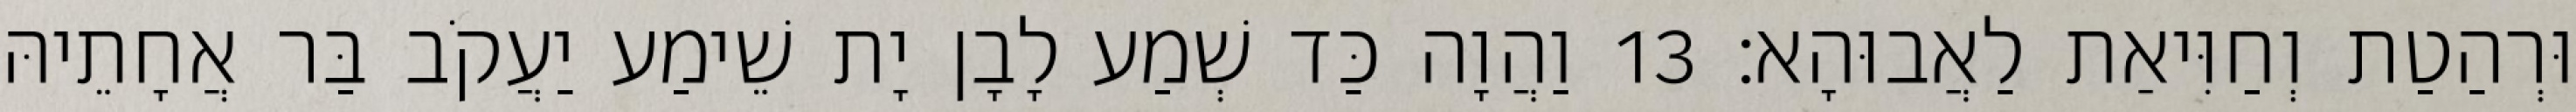
וּרְהַטַת וְחַוִּיאַת לַאֲבוּהָא׃ 13 וַהֲוָה כַּד שְׁמַע לָבָן יָת שֵׁימַע יַעֲקֹב בַּר אֲחָתֵיהּ